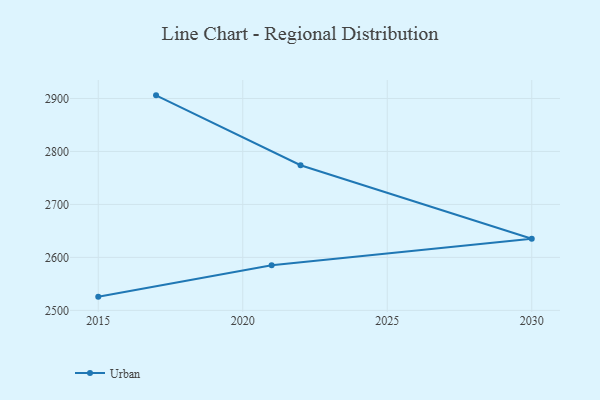
{"axis": {"x": "Year", "y": "Churn Rate (%)"}, "legend": ["Urban"], "data": [{"x": "2015", "y": 2525.9, "type": "Urban"}, {"x": "2021", "y": 2585.1, "type": "Urban"}, {"x": "2030", "y": 2635.1, "type": "Urban"}, {"x": "2022", "y": 2774.0, "type": "Urban"}, {"x": "2017", "y": 2905.9, "type": "Urban"}]}